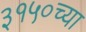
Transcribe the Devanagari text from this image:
३१५०च्या